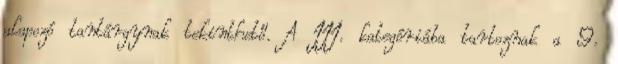
alapozó tantárgynak tekinthető. A III. kategóriába tartoznak a 9.